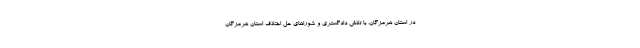
در استان هرمزگان، با تلاش دادگستری و شوراهای حل اختلاف استان هرمزگان